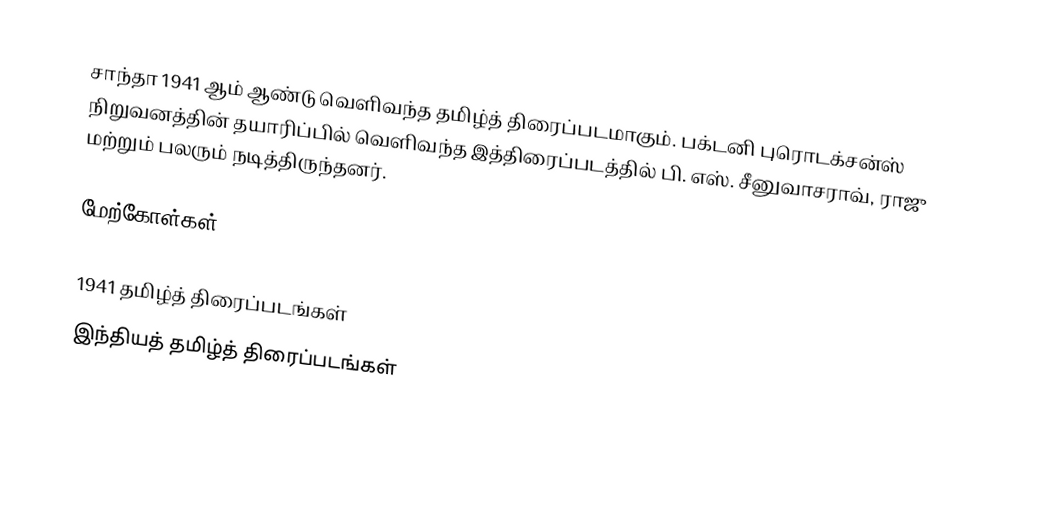
சாந்தா 1941 ஆம் ஆண்டு வெளிவந்த தமிழ்த் திரைப்படமாகும். பக்டனி புரொடக்சன்ஸ் நிறுவனத்தின் தயாரிப்பில் வெளிவந்த இத்திரைப்படத்தில் பி. எஸ். சீனுவாசராவ், ராஜு மற்றும் பலரும் நடித்திருந்தனர்.

மேற்கோள்கள்

1941 தமிழ்த் திரைப்படங்கள்
இந்தியத் தமிழ்த் திரைப்படங்கள்